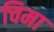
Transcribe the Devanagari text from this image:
चिमा